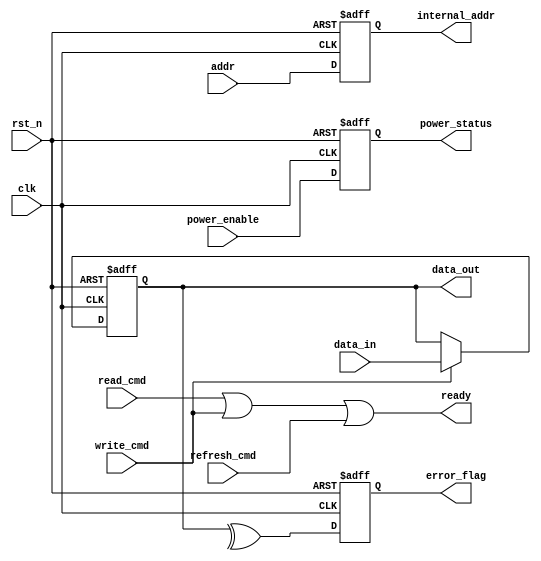
module IO_Block (
    input wire clk,
    input wire rst_n,
    
    // Data I/O
    input wire [DATA_WIDTH-1:0] data_in,
    output wire [DATA_WIDTH-1:0] data_out,
    
    // Control Signals
    input wire read_cmd,
    input wire write_cmd,
    input wire refresh_cmd,
    output wire ready,

    // Address Inputs
    input wire [ADDR_WIDTH-1:0] addr,
    output wire [ADDR_WIDTH-1:0] internal_addr,

    // Power Management
    input wire power_enable,
    output wire power_status,

    // Error Detection
    output wire error_flag
);

// Parameters
parameter DATA_WIDTH = 64;
parameter ADDR_WIDTH = 32;

// Internal Signals
reg [DATA_WIDTH-1:0] data_buffer;
reg [ADDR_WIDTH-1:0] internal_addr_reg;
reg error_reg;

// 1. Data I/O Buffers
always @(posedge clk or negedge rst_n) begin
    if (!rst_n) begin
        data_buffer <= 0;
    end else if (write_cmd) begin
        data_buffer <= data_in;
    end
end

assign data_out = data_buffer;

// 2. Control Signal Interfaces
assign ready = (read_cmd || write_cmd || refresh_cmd);

// 3. Address Decoders (Simple Example)
always @(posedge clk or negedge rst_n) begin
    if (!rst_n) begin
        internal_addr_reg <= 0;
    end else begin
        internal_addr_reg <= addr; // Simple pass-through for now
    end
end

assign internal_addr = internal_addr_reg;

// 4. Power Management Circuits
always @(posedge clk or negedge rst_n) begin
    if (!rst_n) begin
        power_status <= 1'b0;
    end else begin
        power_status <= power_enable; // Power on/off based on input
    end
end

// 5. Error Detection (Simple Parity Check)
always @(posedge clk or negedge rst_n) begin
    if (!rst_n) begin
        error_reg <= 1'b0;
    end else begin
        // Example parity check on data_buffer
        error_reg <= ^data_buffer; // Simple parity (even parity)
    end
end

assign error_flag = error_reg;

endmodule